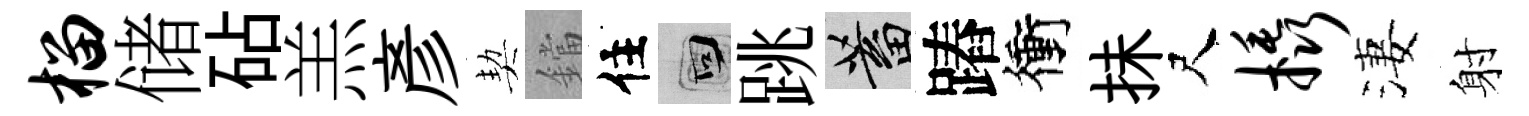
榴储砧羔彥契鐺住回跳蓄蹖衝抺尺橇淒射